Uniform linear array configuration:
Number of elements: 8
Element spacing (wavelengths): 0.5
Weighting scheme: kaiser
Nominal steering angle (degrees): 15
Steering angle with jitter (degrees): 14.731
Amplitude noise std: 0.05
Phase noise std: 0.05

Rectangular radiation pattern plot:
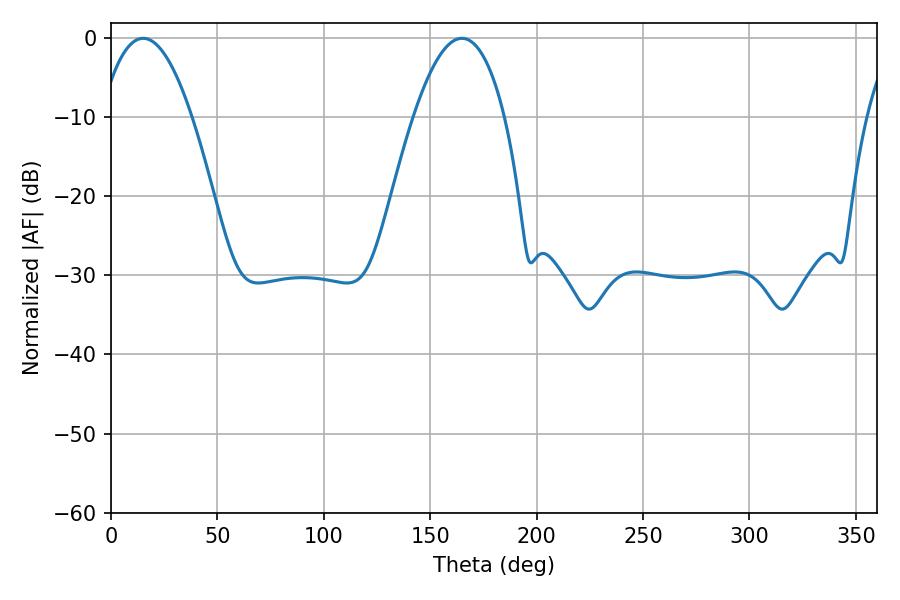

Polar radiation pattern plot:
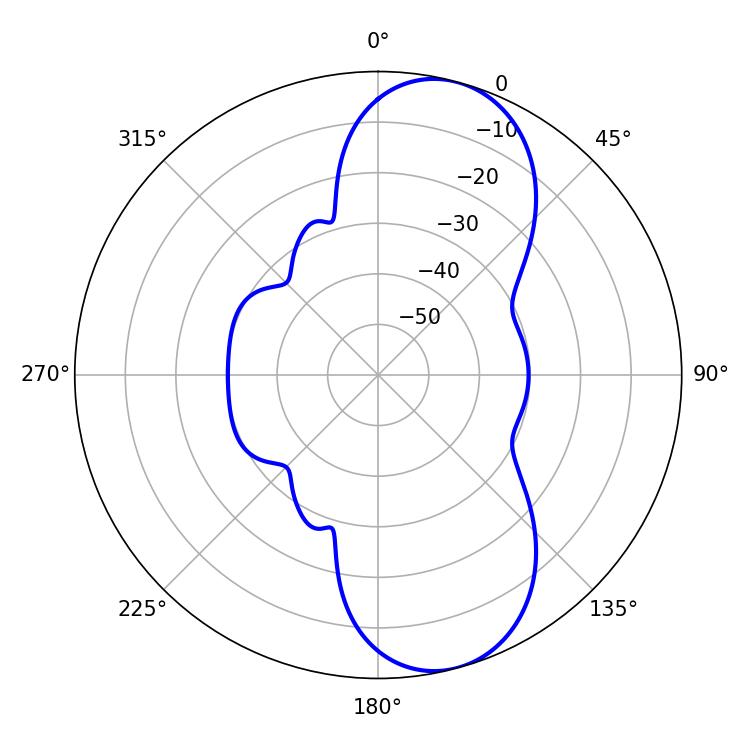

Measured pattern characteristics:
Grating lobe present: FALSE
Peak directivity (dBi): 9.212
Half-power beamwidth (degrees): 23.58
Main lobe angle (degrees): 15.12